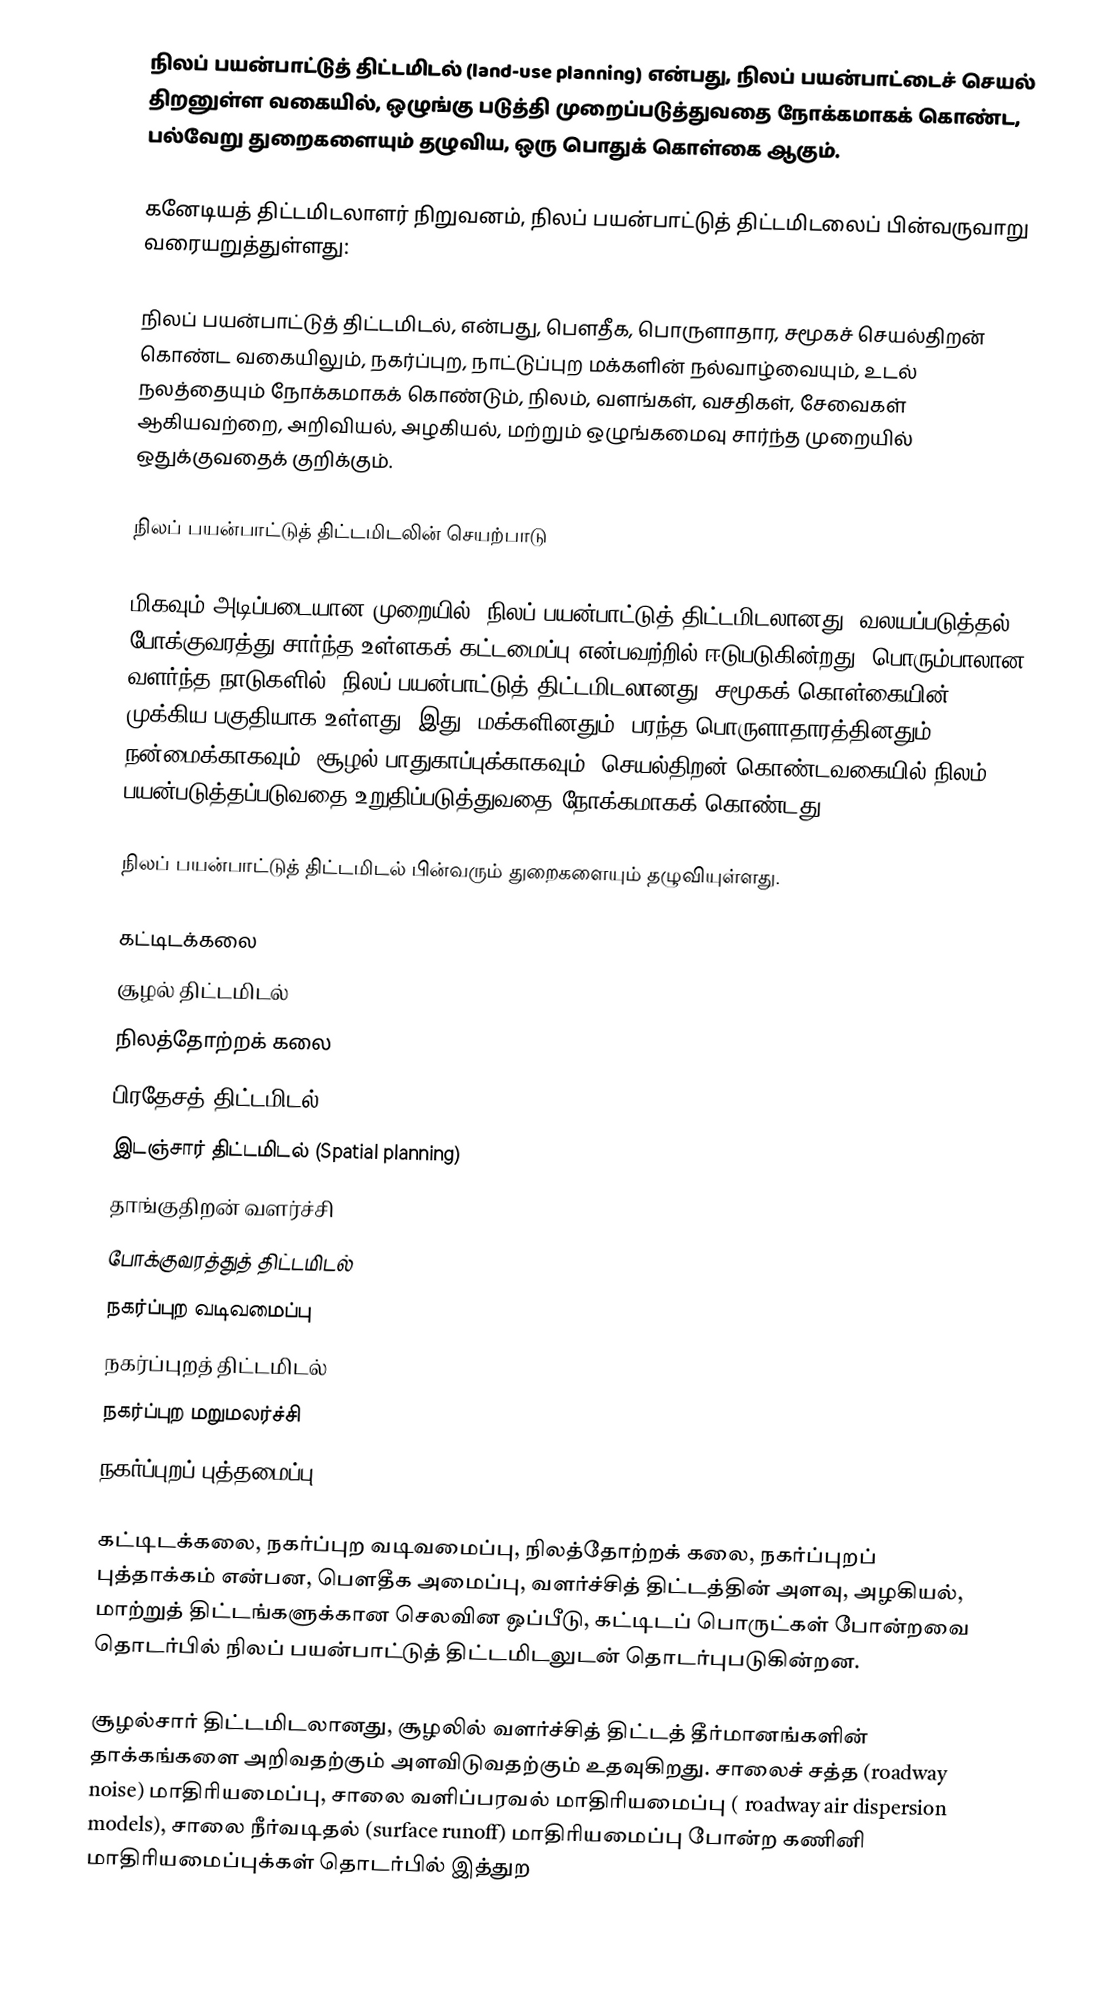
நிலப் பயன்பாட்டுத் திட்டமிடல் (land-use planning) என்பது, நிலப் பயன்பாட்டைச் செயல் திறனுள்ள வகையில், ஒழுங்கு படுத்தி முறைப்படுத்துவதை நோக்கமாகக் கொண்ட, பல்வேறு துறைகளையும் தழுவிய, ஒரு பொதுக் கொள்கை ஆகும்.

கனேடியத் திட்டமிடலாளர் நிறுவனம், நிலப் பயன்பாட்டுத் திட்டமிடலைப் பின்வருவாறு வரையறுத்துள்ளது:

 நிலப் பயன்பாட்டுத் திட்டமிடல், என்பது, பௌதீக, பொருளாதார, சமூகச் செயல்திறன் கொண்ட வகையிலும், நகர்ப்புற, நாட்டுப்புற மக்களின் நல்வாழ்வையும், உடல் நலத்தையும் நோக்கமாகக் கொண்டும், நிலம், வளங்கள், வசதிகள், சேவைகள் ஆகியவற்றை, அறிவியல், அழகியல், மற்றும் ஒழுங்கமைவு சார்ந்த முறையில் ஒதுக்குவதைக் குறிக்கும்.

நிலப் பயன்பாட்டுத் திட்டமிடலின் செயற்பாடு

மிகவும் அடிப்படையான முறையில், நிலப் பயன்பாட்டுத் திட்டமிடலானது, வலயப்படுத்தல், போக்குவரத்து சார்ந்த உள்ளகக் கட்டமைப்பு என்பவற்றில் ஈடுபடுகின்றது. பொரும்பாலான வளர்ந்த நாடுகளில், நிலப் பயன்பாட்டுத் திட்டமிடலானது, சமூகக் கொள்கையின் முக்கிய பகுதியாக உள்ளது. இது, மக்களினதும், பரந்த பொருளாதாரத்தினதும் நன்மைக்காகவும், சூழல் பாதுகாப்புக்காகவும், செயல்திறன் கொண்டவகையில் நிலம் பயன்படுத்தப்படுவதை உறுதிப்படுத்துவதை நோக்கமாகக் கொண்டது.

நிலப் பயன்பாட்டுத் திட்டமிடல் பின்வரும் துறைகளையும் தழுவியுள்ளது.

 கட்டிடக்கலை
 சூழல் திட்டமிடல்
 நிலத்தோற்றக் கலை
 பிரதேசத் திட்டமிடல்
 இடஞ்சார் திட்டமிடல் (Spatial planning)
 தாங்குதிறன் வளர்ச்சி
 போக்குவரத்துத் திட்டமிடல்
 நகர்ப்புற வடிவமைப்பு
 நகர்ப்புறத் திட்டமிடல்
 நகர்ப்புற மறுமலர்ச்சி
 நகர்ப்புறப் புத்தமைப்பு (Urban renewal)

கட்டிடக்கலை, நகர்ப்புற வடிவமைப்பு, நிலத்தோற்றக் கலை, நகர்ப்புறப் புத்தாக்கம் என்பன, பௌதீக அமைப்பு, வளர்ச்சித் திட்டத்தின் அளவு, அழகியல், மாற்றுத் திட்டங்களுக்கான செலவின ஒப்பீடு, கட்டிடப் பொருட்கள் போன்றவை தொடர்பில் நிலப் பயன்பாட்டுத் திட்டமிடலுடன் தொடர்புபடுகின்றன.

சூழல்சார் திட்டமிடலானது, சூழலில் வளர்ச்சித் திட்டத் தீர்மானங்களின் தாக்கங்களை அறிவதற்கும் அளவிடுவதற்கும் உதவுகிறது. சாலைச் சத்த (roadway noise) மாதிரியமைப்பு, சாலை வளிப்பரவல் மாதிரியமைப்பு ( roadway air dispersion models), சாலை நீர்வடிதல் (surface runoff) மாதிரியமைப்பு போன்ற கணினி மாதிரியமைப்புக்கள் தொடர்பில் இத்துற